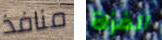
منافذ الغزاة